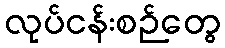
လုပ်ငန်းစဉ်တွေ